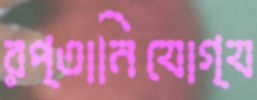
রপ্তানিযোগ্য